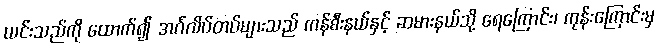
ယင်းသည်ကို ထောက်၍ အင်္ဂလိပ်တပ်များသည် ကန်စီးနယ်နှင့် ဆမားနယ်သို့ ရေကြောင်း၊ ကုန်းကြောင်းမှ